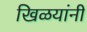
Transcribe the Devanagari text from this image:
खिळयांनी